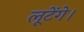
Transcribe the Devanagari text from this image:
लूटेंगे।